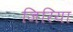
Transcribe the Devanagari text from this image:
जिरिया